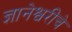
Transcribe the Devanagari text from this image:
ज्ञानेश्वरींचे